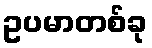
ဥပမာတစ်ခု